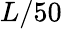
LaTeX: L/50